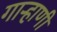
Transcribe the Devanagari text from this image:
गार्‍हाणी